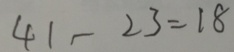
4 1 - 2 3 = 1 8